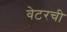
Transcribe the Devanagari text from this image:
वेटरची